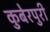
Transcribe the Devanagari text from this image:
कुबेरपुरी